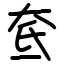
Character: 奃